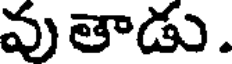
వుతాడు.